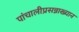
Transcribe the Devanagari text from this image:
पांचालीप्रसन्नाख्यान